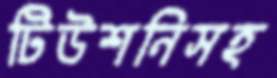
টিউশনিসহ